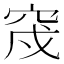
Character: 𥥰